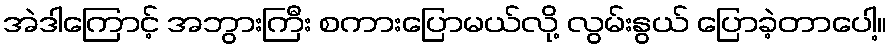
အဲဒါကြောင့် အဘွားကြီး စကားပြောမယ်လို့ လွမ်းနွယ် ပြောခဲ့တာပေါ့။